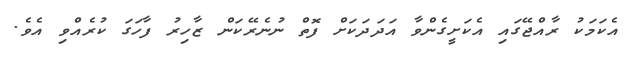
އެކަމަކު ރާއްޖޭގައި އެކަށީގެންވާ އަދަދަކަށް ފޮތް ނުނެރޭކަން ޒާހިރު ފާހަގަ ކުރެއްވި އެވެ.